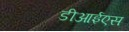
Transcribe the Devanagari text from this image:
डीआईएस